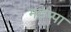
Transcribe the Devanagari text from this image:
मडप्पा